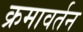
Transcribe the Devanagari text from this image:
क्रमावर्तन